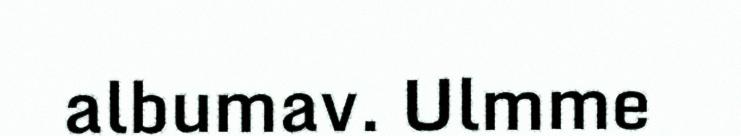
albumav. Ulmme